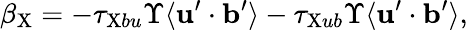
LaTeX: \beta_{\mathrm{{X}}}=-\tau_{\mathrm{{X}}bu}\Upsilon\langle{{\mathbf{u}}^{\prime}\cdot{\mathbf{b}}^{\prime}}\rangle-\tau_{\mathrm{{X}}ub}\Upsilon\langle{{\mathbf{u}}^{\prime}\cdot{\mathbf{b}}^{\prime}}\rangle,